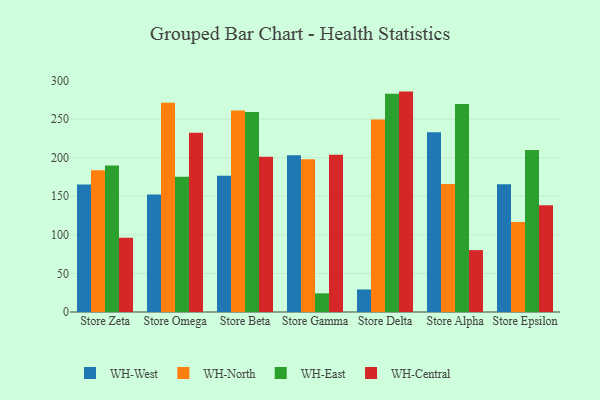
{"axis": {"x": "Store", "y": "Churn Rate (%)"}, "legend": ["WH-Central", "WH-East", "WH-North", "WH-West"], "data": [{"x": "Store Zeta", "y": 165.2, "type": "WH-West"}, {"x": "Store Zeta", "y": 183.9, "type": "WH-North"}, {"x": "Store Zeta", "y": 190.0, "type": "WH-East"}, {"x": "Store Zeta", "y": 96.4, "type": "WH-Central"}, {"x": "Store Omega", "y": 152.3, "type": "WH-West"}, {"x": "Store Omega", "y": 271.1, "type": "WH-North"}, {"x": "Store Omega", "y": 175.2, "type": "WH-East"}, {"x": "Store Omega", "y": 232.3, "type": "WH-Central"}, {"x": "Store Beta", "y": 176.6, "type": "WH-West"}, {"x": "Store Beta", "y": 261.2, "type": "WH-North"}, {"x": "Store Beta", "y": 259.4, "type": "WH-East"}, {"x": "Store Beta", "y": 201.3, "type": "WH-Central"}, {"x": "Store Gamma", "y": 203.2, "type": "WH-West"}, {"x": "Store Gamma", "y": 198.0, "type": "WH-North"}, {"x": "Store Gamma", "y": 24.2, "type": "WH-East"}, {"x": "Store Gamma", "y": 203.8, "type": "WH-Central"}, {"x": "Store Delta", "y": 29.2, "type": "WH-West"}, {"x": "Store Delta", "y": 249.5, "type": "WH-North"}, {"x": "Store Delta", "y": 282.9, "type": "WH-East"}, {"x": "Store Delta", "y": 285.7, "type": "WH-Central"}, {"x": "Store Alpha", "y": 232.9, "type": "WH-West"}, {"x": "Store Alpha", "y": 165.9, "type": "WH-North"}, {"x": "Store Alpha", "y": 269.5, "type": "WH-East"}, {"x": "Store Alpha", "y": 80.2, "type": "WH-Central"}, {"x": "Store Epsilon", "y": 165.6, "type": "WH-West"}, {"x": "Store Epsilon", "y": 116.7, "type": "WH-North"}, {"x": "Store Epsilon", "y": 210.0, "type": "WH-East"}, {"x": "Store Epsilon", "y": 138.4, "type": "WH-Central"}]}